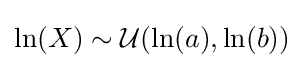
\ln(X)\sim {\mathcal {U}}(\ln(a),\ln(b))